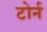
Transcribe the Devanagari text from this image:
टोर्न